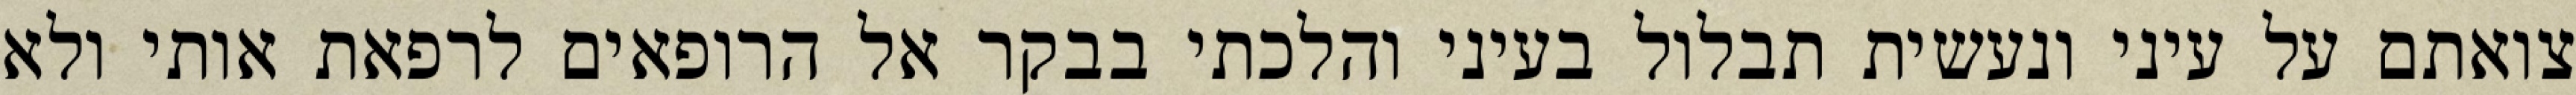
צואתם על עיני ונעשית תבלול בעיני והלכתי בבקר אל הרופאים לרפאת אותי ולא